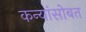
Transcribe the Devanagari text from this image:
कन्यांसोबत